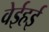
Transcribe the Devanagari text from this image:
वेईहई